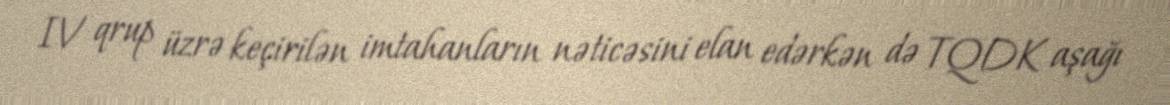
IV qrup üzrə keçirilən imtahanların nəticəsini elan edərkən də TQDK aşağı